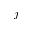
j